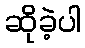
ဆိုခဲ့ပါ